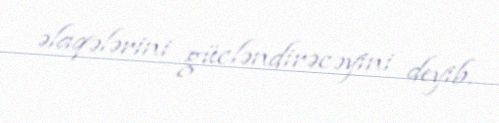
əlaqələrini gücləndirəcəyini deyib.